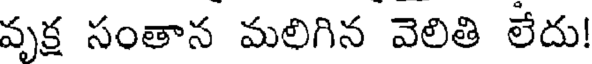
వృక్ష సంతాన మలిగిన వెలితి లేదు!